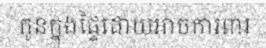
កូនក្នុងផ្ទៃដោយអាចការពារ